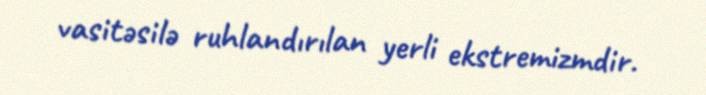
vasitəsilə ruhlandırılan yerli ekstremizmdir.